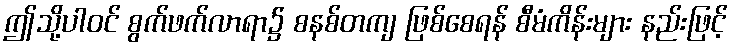
ဤသို့ပါဝင် စွက်ဖက်လာရာ၌ စနစ်တကျ ဖြစ်စေရန် စီမံကိန်းများ နည်းဖြင့်